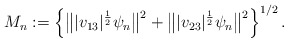
\begin{align*}M_n := \left\{ \bigl\||v_{13}|^{\frac12}\psi_n\bigr\|^2 + \bigl\||v_{23}|^{\frac12}\psi_n\bigr\|^2 \right\}^{1/2} . \end{align*}